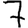
Digit: 7